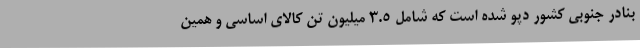
بنادر جنوبی کشور دپو شده است که شامل 3.5 میلیون تن کالای اساسی و همین